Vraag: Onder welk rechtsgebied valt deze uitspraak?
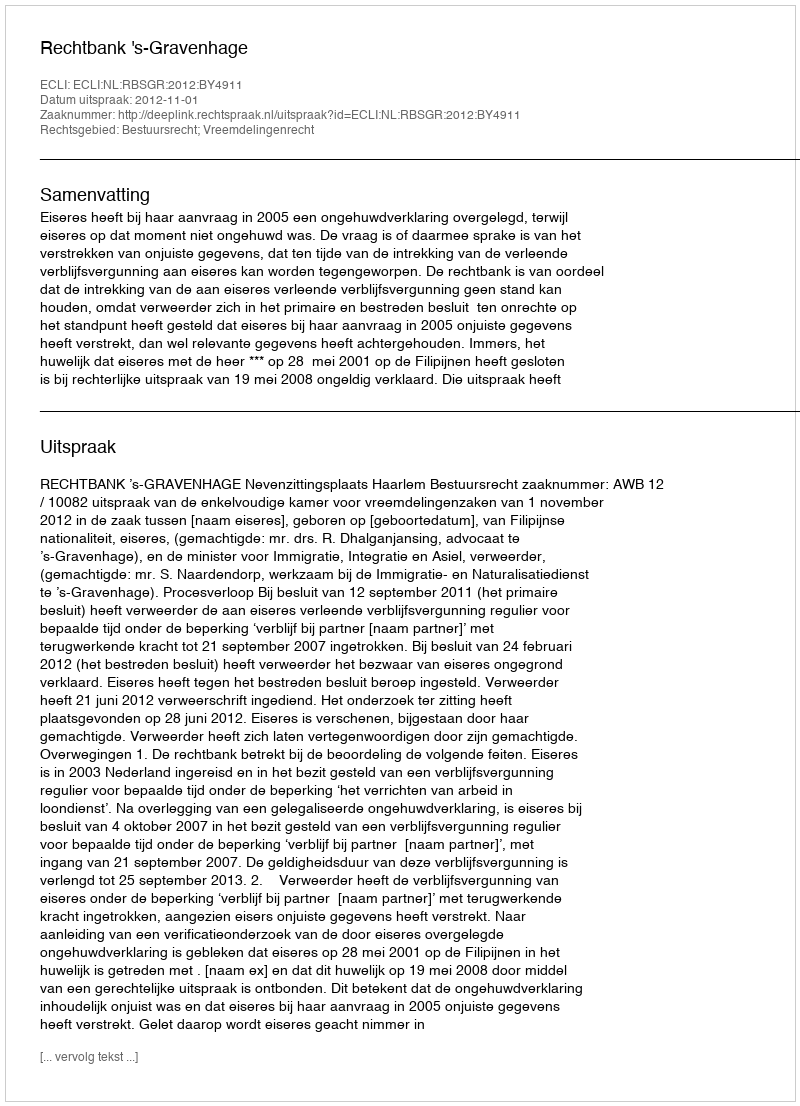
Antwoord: Bestuursrecht; Vreemdelingenrecht